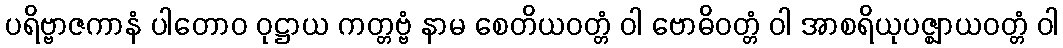
ပရိဗ္ဗာဇကာနံ ပါတောဝ ဝုဋ္ဌာယ ကတ္တဗ္ဗံ နာမ စေတိယဝတ္တံ ဝါ ဗောဓိဝတ္တံ ဝါ အာစရိယုပဇ္ဈာယဝတ္တံ ဝါ